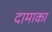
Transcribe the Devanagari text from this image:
दामाका